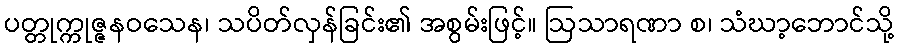
ပတ္တုက္ကုဇ္ဇနဝသေန၊ သပိတ်လှန်ခြင်း၏ အစွမ်းဖြင့်။ ဩသာရဏာ စ၊ သံဃာ့ဘောင်သို့